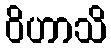
ဝိဟာသိ